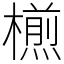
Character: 𣜭